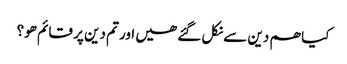
کیا ھم دین سے نکل گئے ھیں اور تم دین پر قائم ھو؟